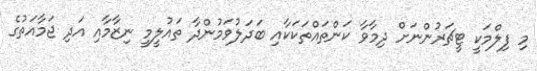
މި ފިލްމަކީ ޓީޗަރުންނަށް ދިމާވާ ކަންތައްތަކަކާއި ބަދަލުވަމުންދާ ތައުލީމީ ނިޒާމާއި އަދި ޖަމާއަތުގެ